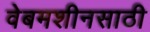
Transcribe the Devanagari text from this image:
वेबमशीनसाठी